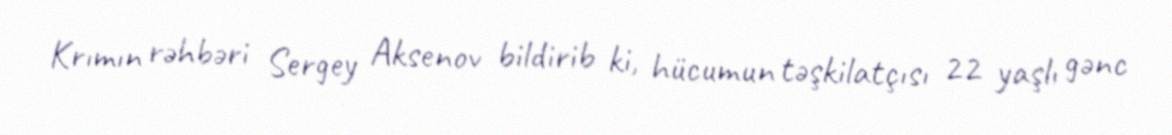
Krımın rəhbəri Sergey Aksenov bildirib ki, hücumun təşkilatçısı 22 yaşlı gənc